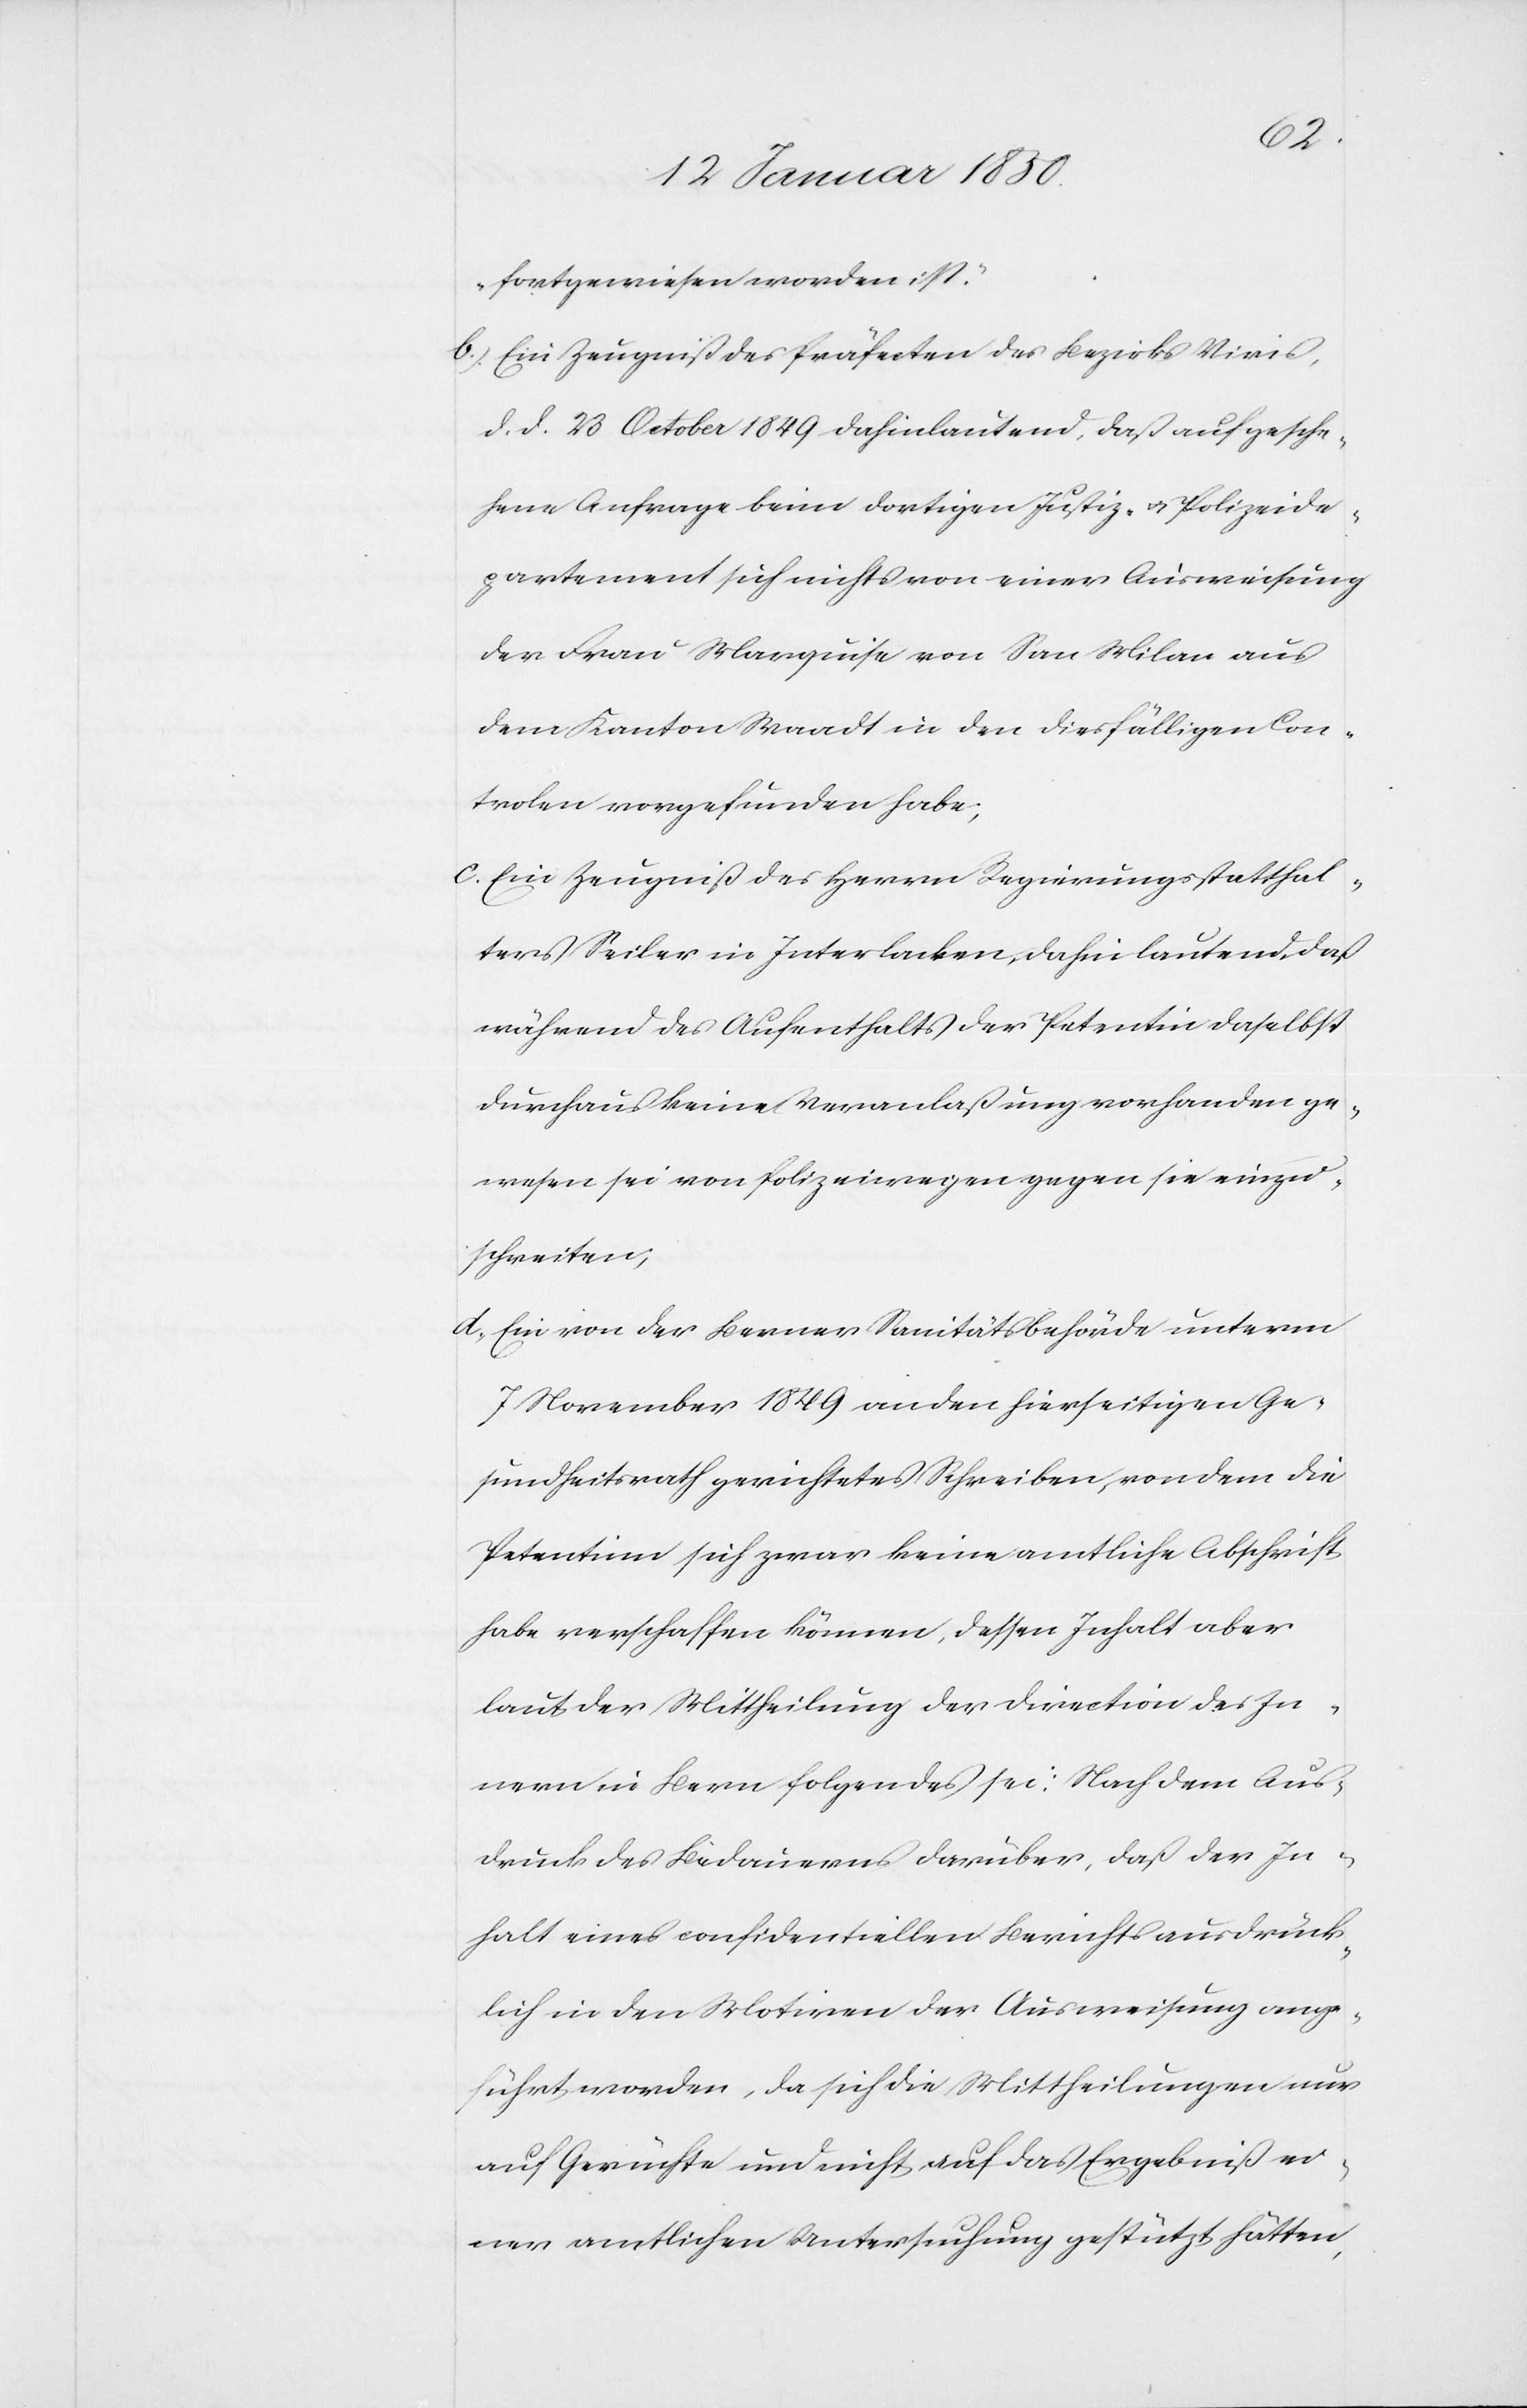
fortgewiesen worden ist.“
b.) Ein Zeugniß der Präfecten des Bezirks Viris,
d. d. 23 October 1849 dahinlautend, daß auf gesche¬
hene Anfrage beim dortigen Justiz- u. Polizeide¬
partement sich nichts von einer Ausweichung
der Frau Marquise von San Milan aus
dem Kanton Waadt in den diesfälligen Con¬
trolen vorgefunden habe;
c. Ein Zeugniß des Herrn Regierungsstatthal¬
ters Seiler in Interlacken, dahin lautend, daß
während des Aufenthalts der Petentin daselbst
durchaus keine Veranlaßung vorhanden ge¬
wesen sei von Polizeiwegen gegen sie einzu¬
schreiten;
d. Ein von der Berner Sanitätsbehörde unterm
7 November 1849 an den hierseitigen Ge¬
sundheitsrath gerichtetes Schreiben, von dem die
Petentinn sich zwar keine amtliche Abschrift
habe verschaffen können, dessen Inhalt aber
laut der Mittheilung der Direction des In¬
nern in Bern folgendes sei: Nach dem Aus¬
druck des Bedauerns darüber, daß der In¬
halt eines confidentiellen Berichts ausdrück¬
lich in den Motiven der Ausweisung ange¬
führt worden, da sich die Mittheilungen nur
auf Gerüchte und nicht auf das Ergebniß ei¬
ner amtlichen Untersuchung gestützt hätten,